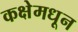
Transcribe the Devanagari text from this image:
कक्षेमधून